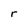
Character: r